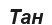
Тан